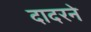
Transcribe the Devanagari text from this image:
दादरने